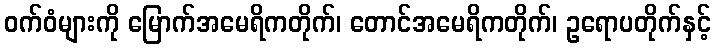
ဝက်ဝံများကို မြောက်အမေရိကတိုက်၊ တောင်အမေရိကတိုက်၊ ဥရောပတိုက်နှင့်